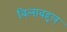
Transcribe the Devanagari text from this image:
बिलाबद्दल